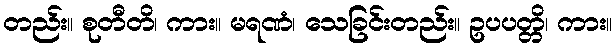
တည်း။ စုတီတိ၊ ကား။ မရဏံ၊ သေခြင်းတည်း။ ဥပပတ္တိ၊ ကား။